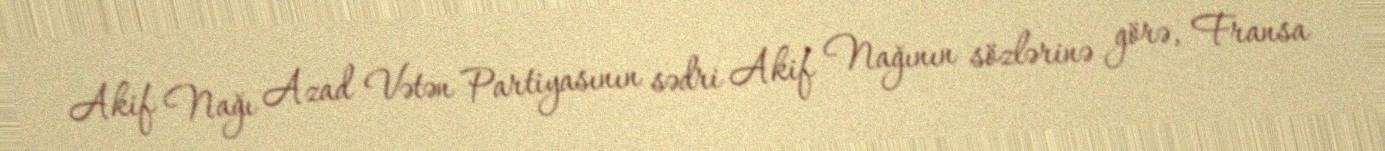
Akif Nağı Azad Vətən Partiyasının sədri Akif Nağının sözlərinə görə, Fransa